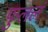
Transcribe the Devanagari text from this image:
फुललं